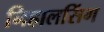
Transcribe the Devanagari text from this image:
निहालसिंग